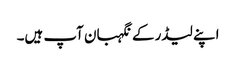
اپنے لیڈر کے نگہبان آپ ہیں۔